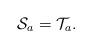
LaTeX: \begin{align*} \mathcal S_a=\mathcal T_a.\end{align*}